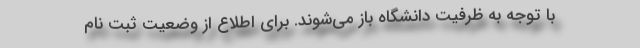
با توجه به ظرفیت دانشگاه باز می‌شوند. برای اطلاع از وضعیت ثبت نام